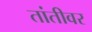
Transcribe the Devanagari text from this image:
तांतीवर